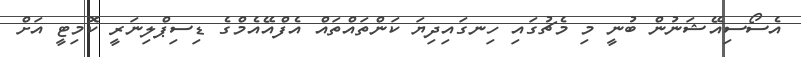
އެސޯސިއޭޝަނުން ބުނީ މި މެޗުގައި ހިނގައިދިޔަ ކަންތައްތައް އެފްއޭއެމްގެ ޑިސިޕްލިނަރީ ކޮމިޓީ އަށް